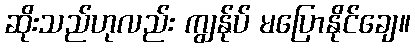
ဆိုးသည်ဟုလည်း ကျွန်ုပ် မပြောနိုင်ချေ။